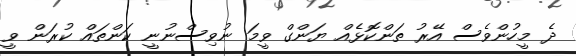
ދެ މީހުންވެސް އޭރު ތަންކޮޅެއް ޔަންގް ވީމަ ނުވިސްނުނީ ކަންތައް ކުރަން ވީ